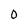
Character: 0